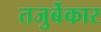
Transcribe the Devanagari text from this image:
तजुर्बेकार